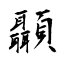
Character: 顳